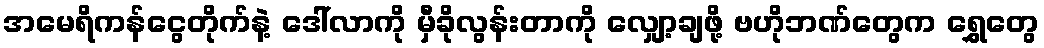
အမေရိကန်ငွေတိုက်နဲ့ ဒေါ်လာကို မှီခိုလွန်းတာကို လျှော့ချဖို့ ဗဟိုဘဏ်တွေက ရွှေတွေ